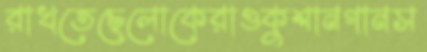
রাখতেছেলোকেরাওকুশানগানস